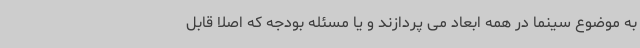
به موضوع سینما در همه ابعاد می پردازند و یا مسئله بودجه که اصلا قابل